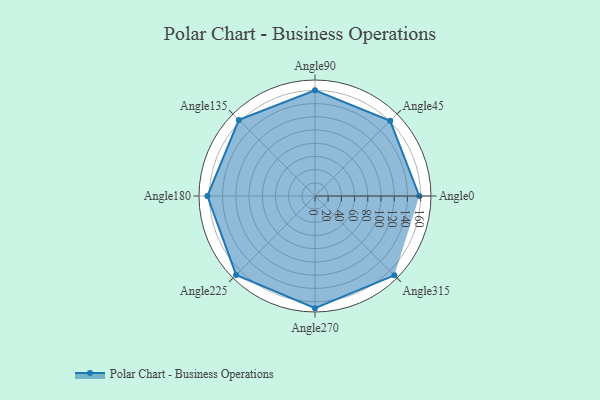
{"axis": {"x": "Angle", "y": "Radius"}, "legend": [""], "data": [{"x": "Angle0", "y": 158.0, "type": ""}, {"x": "Angle45", "y": 161.0, "type": ""}, {"x": "Angle90", "y": 160.0, "type": ""}, {"x": "Angle135", "y": 163.0, "type": ""}, {"x": "Angle180", "y": 163.0, "type": ""}, {"x": "Angle225", "y": 169.0, "type": ""}, {"x": "Angle270", "y": 170, "type": ""}, {"x": "Angle315", "y": 170.0, "type": ""}]}